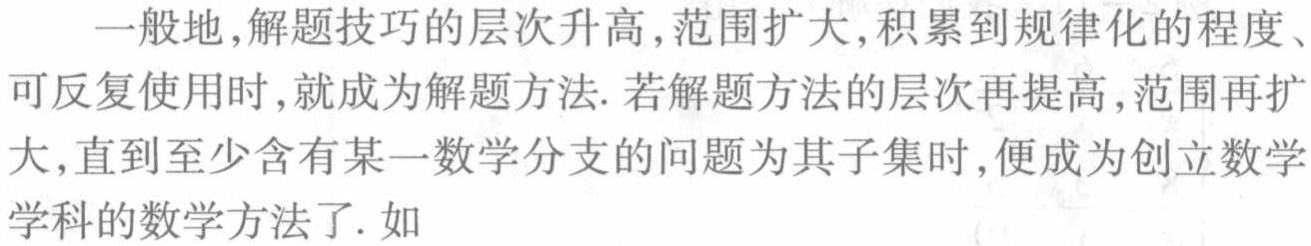
一般地,解题技巧的层次升高,范围扩大,积累到规律化的程度、可反复使用时,就成为解题方法. 若解题方法的层次再提高,范围再扩大,直到至少含有某一数学分支的问题为其子集时,便成为创立数学学科的数学方法了. 如